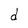
Character: d